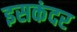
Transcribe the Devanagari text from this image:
इसकंदर